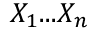
X _ { 1 } . . . X _ { n }